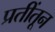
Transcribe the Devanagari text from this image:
प्रतींतून